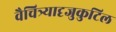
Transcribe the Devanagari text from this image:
वैचित्र्यादृजुकुटिल